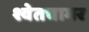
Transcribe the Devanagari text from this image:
श्वेतचामर